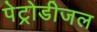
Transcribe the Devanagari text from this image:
पेट्रोडीजल